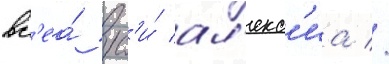
вс'еа́ рус'и́ ал'екс'иа //